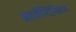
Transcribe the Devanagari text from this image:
आर्जेन्टिनियन